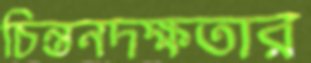
চিন্তনদক্ষতার